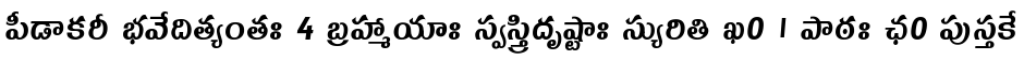
పీడాకరీ భవేదిత్యంతః 4 బ్రహ్మాయాః స్వస్త్రిదృష్టాః స్యురితి ఖ0 । పాఠః ఛ0 పుస్తకే